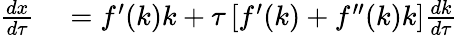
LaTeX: \begin{array}{rl}{{\frac{dx}{d\tau}}}&{{}=f^{\prime}(k)k+\tau\left[f^{\prime}(k)+f^{\prime\prime}(k)k\right]{\frac{dk}{d\tau}}}\end{array}